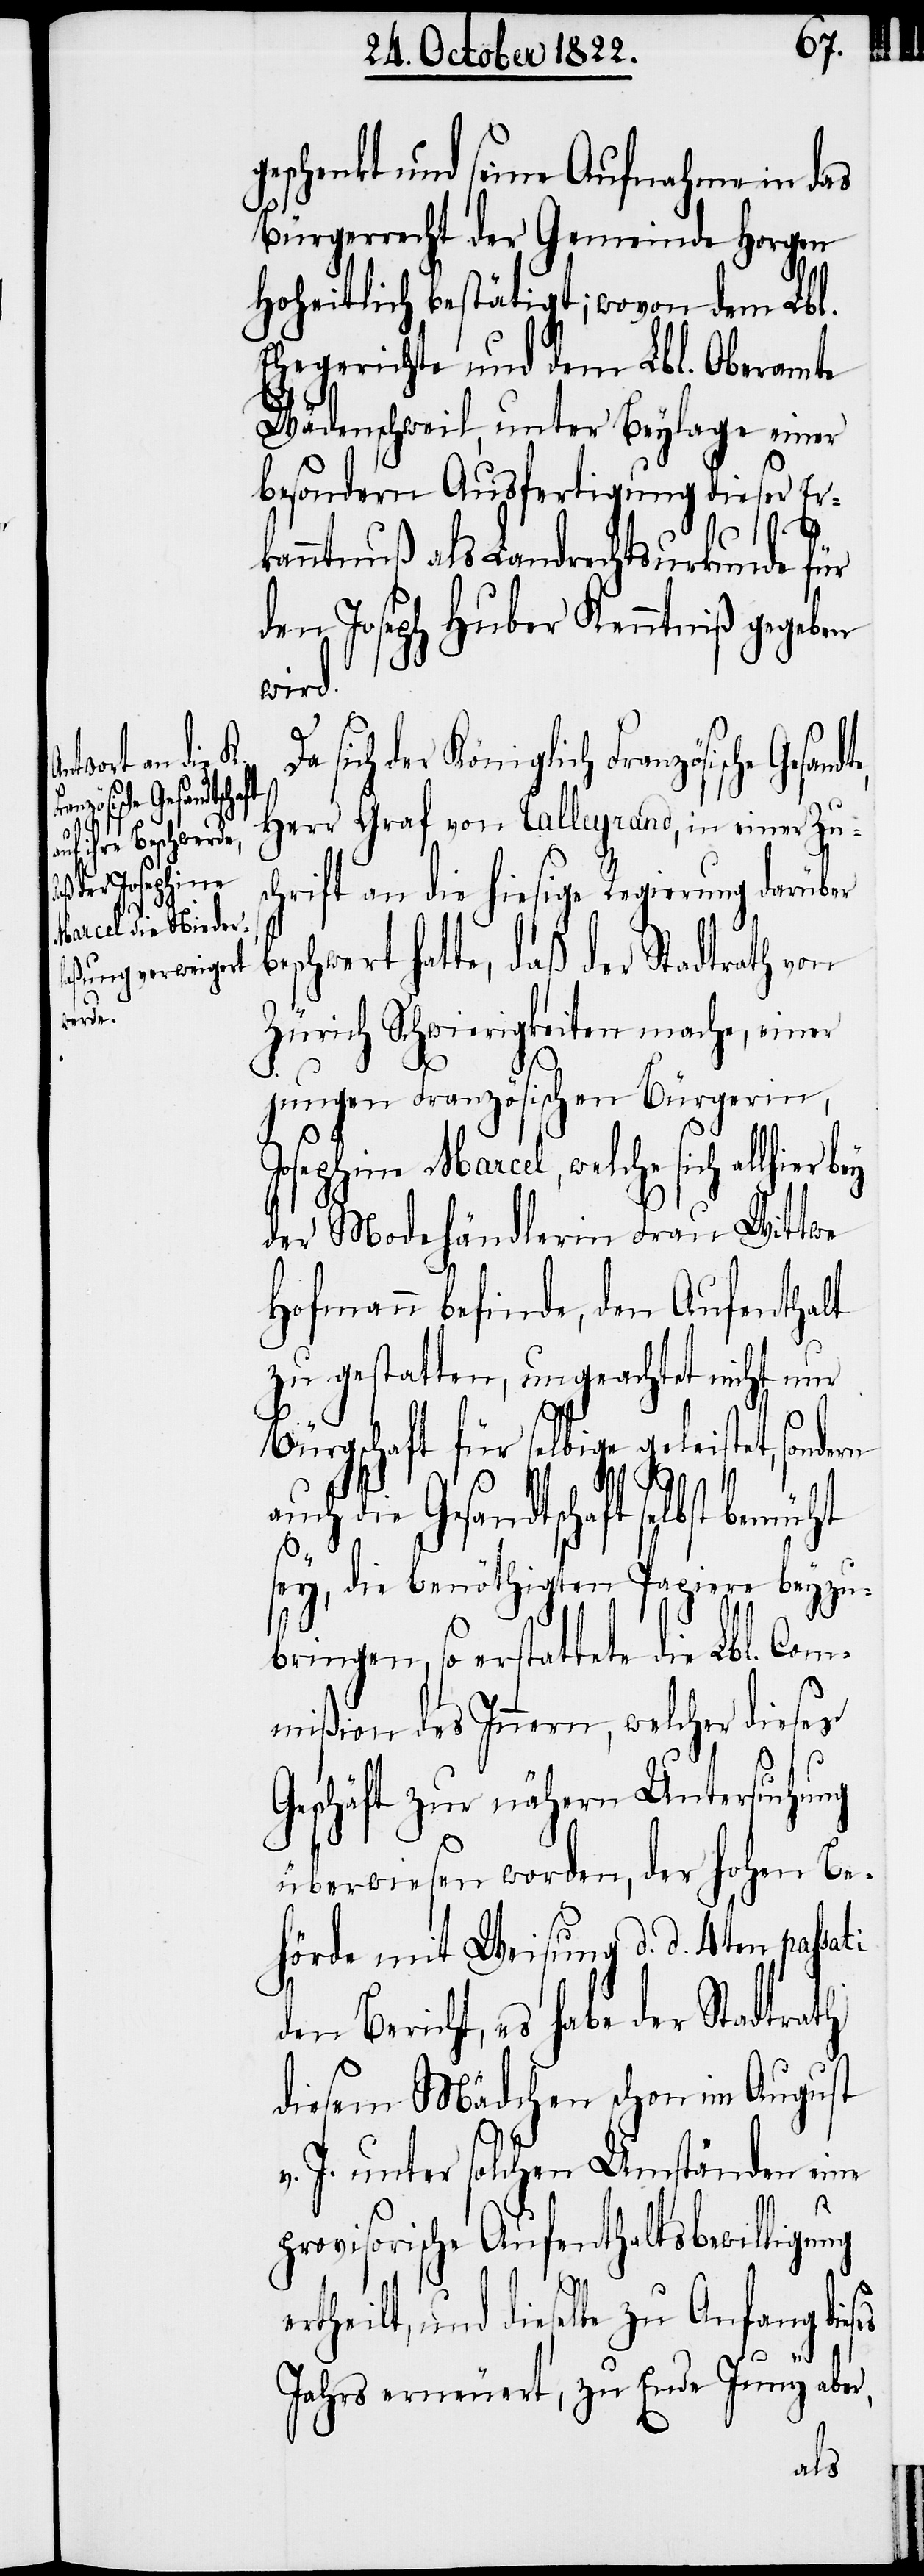
e Gesandte,

geschenkt und seine Aufnahme in das
Bürgerrecht der Gemeinde Horgen
hoheitlich bestätigt; wovon dem Lbl.
Ehegerichte und dem Lbl. Oberamte
Wädenschweil, unter Beylage einer
besondern Ausfertigung dieser Er¬
kanntnuß als Landrechtsurkunde für
den Joseph Huber Kenntniß gegeben
wird.
sich der Königlich Französisch¬
Herr Graf von Talleyrand, in einer Zus¬
chrift an die hiesige Regierung darüber
eschwert hatte, daß der Stadtrath von
Zürich Schwierigkeiten mache, einer
jungen Französischen Bürgerin,
Josphine Marcel, welche sich allhier
der Modehändlerin Frau Wittwe
b¬
Hofmann befinde, den Aufenthalt
zu gestatten, ungeachtet nicht nur
Bürgschaft für selbige geleistet, sondern
die Gesandtschaft selbst
sey, die benöthigten Papiere beyzu¬
bringen, so erstattete die Lbl. Co¬
mmißion des Innern, welcher dieses
Geschäft zur nähern Untersuchung
überwiesen worden, der hohen Be¬
hörde mit Weisung d. d. 4ten passati
den Bericht, es habe der Stadtrath
diesem Mädchen schon im August
J. unter solchen Umständen eine
provisorische Aufenthaltsbewilligung
ertheilt, und dieselbe zu Anfang diese
Jahrs erneuert, zu Ende Juny aber,